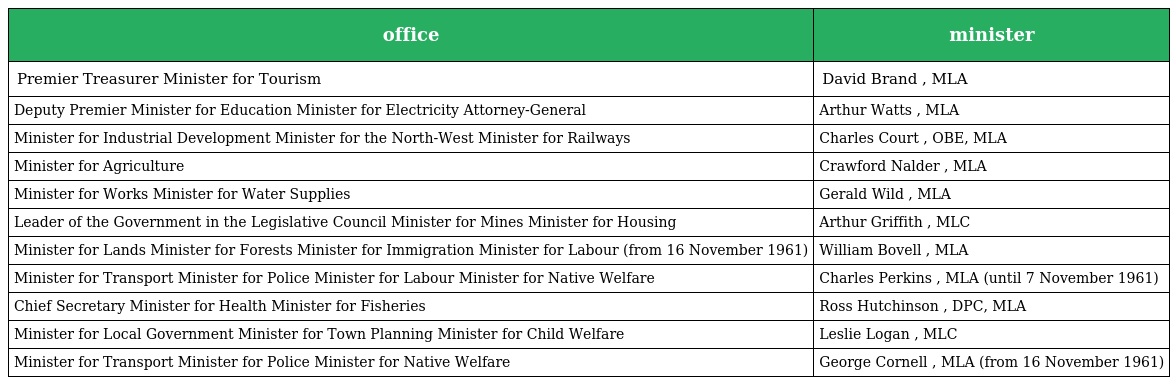
| office | minister |
 | --- | --- |
 | Premier Treasurer Minister for Tourism | David Brand , MLA |
 | Deputy Premier Minister for Education Minister for Electricity Attorney-General | Arthur Watts , MLA |
 | Minister for Industrial Development Minister for the North-West Minister for Railways | Charles Court , OBE, MLA |
 | Minister for Agriculture | Crawford Nalder , MLA |
 | Minister for Works Minister for Water Supplies | Gerald Wild , MLA |
 | Leader of the Government in the Legislative Council Minister for Mines Minister for Housing | Arthur Griffith , MLC |
 | Minister for Lands Minister for Forests Minister for Immigration Minister for Labour (from 16 November 1961) | William Bovell , MLA |
 | Minister for Transport Minister for Police Minister for Labour Minister for Native Welfare | Charles Perkins , MLA (until 7 November 1961) |
 | Chief Secretary Minister for Health Minister for Fisheries | Ross Hutchinson , DPC, MLA |
 | Minister for Local Government Minister for Town Planning Minister for Child Welfare | Leslie Logan , MLC |
 | Minister for Transport Minister for Police Minister for Native Welfare | George Cornell , MLA (from 16 November 1961) |